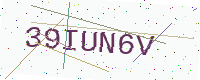
Text: 39IUN6V